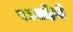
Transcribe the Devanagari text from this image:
नभवाहिनी